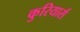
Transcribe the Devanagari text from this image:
कुरियार्स